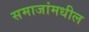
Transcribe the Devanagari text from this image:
समाजांमधील